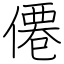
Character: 僊